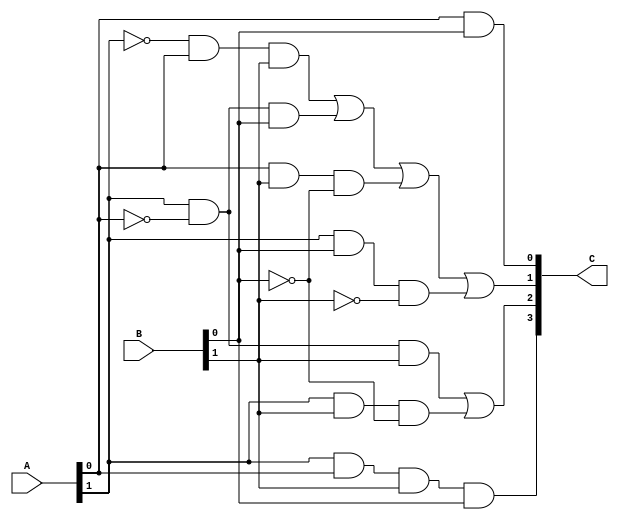
module Mult2x2(A, B, C);
    input [1:0] A, B;
    output [3:0] C;

    assign C[0] = (A[0] & B[0]);
    assign C[1] = (~A[1] & A[0] & B[1]) | (A[1] & ~A[0] & B[0]) | (A[0] & B[1] & ~B[0]) | (A[1] & B[0] & ~B[1]);
    assign C[2] = (A[1] & ~A[0] & B[1]) | (A[1] & B[1] & ~B[0]);
    assign C[3] = (A[1] & A[0] & B[1] & B[0]);
endmodule

module Mult2x2_TB();
    reg [1:0] a, b;

    wire [3:0] c;

    Mult2x2 i(a, b, c);

    initial begin
      a = 2'd1; b = 2'd3; #100;
      a = 2'd3; b = 2'd2; #100;
    end
endmodule